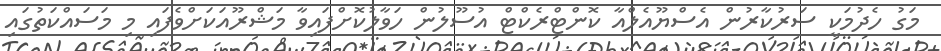
މަގު ހެދުމަކީ ސަރުކާރުން އެސްޔޫއެލްއާ ކޮންޓްރެކްޓް އުސޫލުން ހަވާލުކޮށްފައިވާ މަޝްރޫއަކަށްވެފައި މި މަސައްކަތުގައި